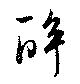
酔